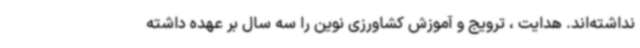
نداشته‌اند. هدایت ، ترویج و آموزش کشاورزی نوین را سه سال بر عهده داشته